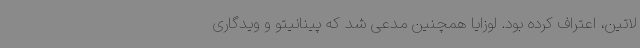
لاتین، اعتراف کرده بود. لوزایا همچنین مدعی شد که پینانیتو و ویدگاری